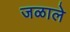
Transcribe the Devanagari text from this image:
जळाले